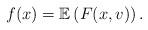
LaTeX: \begin{align*} f(x) = \mathbb{E}\left(F(x,v)\right).\end{align*}